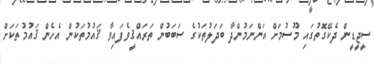
ސީޖީޑީން ދެކޭގޮތުގައި މޫސުމަށް އަންނަމުންދާ ބަދަލުތަކުގެ ސަބަބުން ތަރައްޤީވެފައިވާ ޤައުމުތަކުން އެހެން ޤައުމުތަކަށް